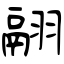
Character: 翮